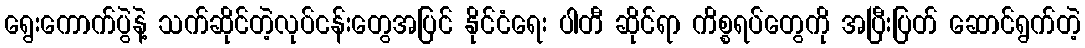
ရွေးကောက်ပွဲနဲ့ သက်ဆိုင်တဲ့လုပ်ငန်းတွေအပြင် နိုင်ငံရေး ပါတီ ဆိုင်ရာ ကိစ္စရပ်တွေကို အပြီးပြတ် ဆောင်ရွက်တဲ့